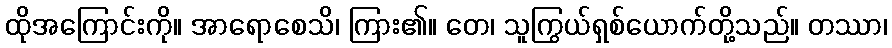
ထိုအကြောင်းကို။ အာရောစေသိ၊ ကြား၏။ တေ၊ သူကြွယ်ရှစ်ယောက်တို့သည်။ တဿာ၊